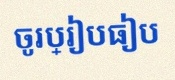
ចូរប្រៀបធៀប